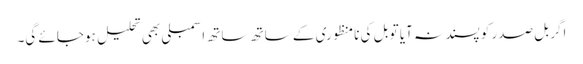
اگر بل صدر کو پسند نہ آیا تو بل کی نامنظوری کے ساتھ ساتھ اسمبلی بھی تحلیل ہوجائے گی۔